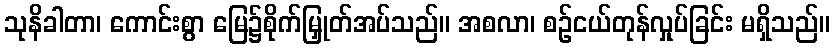
သုနိခါတာ၊ ကောင်းစွာ မြေ၌စိုက်မြှုတ်အပ်သည်။ အစလာ၊ စဉ်ငယ်တုန်လှုပ်ခြင်း မရှိသည်။